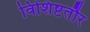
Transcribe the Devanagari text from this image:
विशिष्टतौर